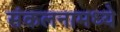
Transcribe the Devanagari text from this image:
संकलनामध्ये